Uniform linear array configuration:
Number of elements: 8
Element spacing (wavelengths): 0.5
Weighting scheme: hann
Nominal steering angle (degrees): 0
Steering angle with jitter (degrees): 1.51
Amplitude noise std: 0.05
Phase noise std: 0.05

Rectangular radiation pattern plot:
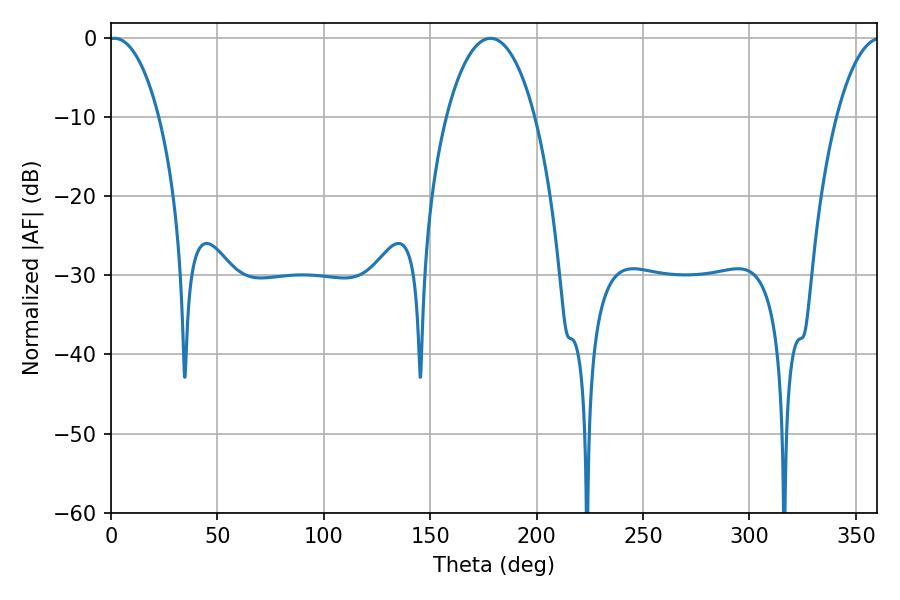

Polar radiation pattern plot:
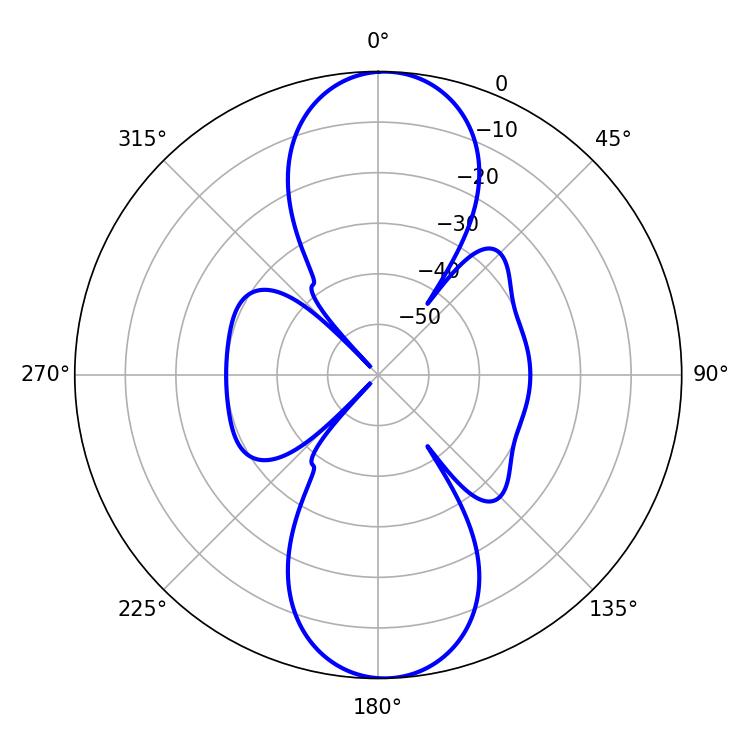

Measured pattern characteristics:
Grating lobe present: FALSE
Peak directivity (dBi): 18.983
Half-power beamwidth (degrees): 13.32
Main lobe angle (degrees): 1.62